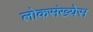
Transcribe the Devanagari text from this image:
लोकसंख्येस